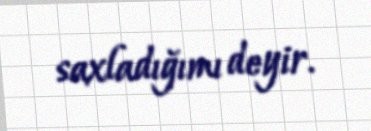
saxladığımı deyir.